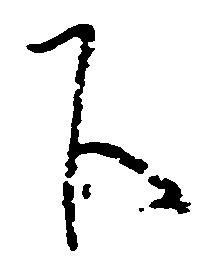
下